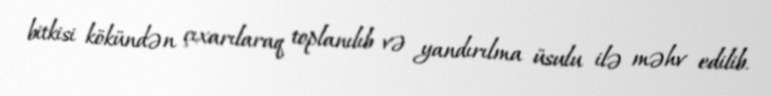
bitkisi kökündən çıxarılaraq toplanılıb və yandırılma üsulu ilə məhv edilib.